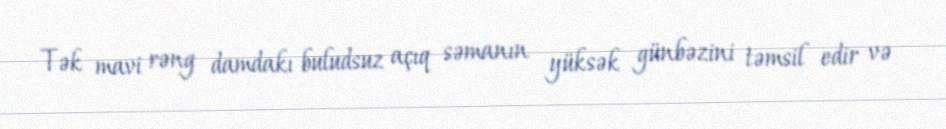
Tək mavi rəng damdakı buludsuz açıq səmanın yüksək günbəzini təmsil edir və